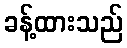
ခန့်ထားသည်